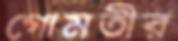
গোমতীর